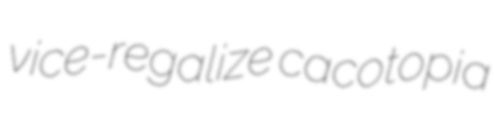
vice-regalize cacotopia